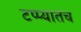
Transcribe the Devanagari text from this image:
टप्प्यातच